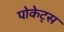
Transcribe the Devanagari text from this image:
पोकेट्स